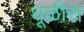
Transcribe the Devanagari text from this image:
धूळीस